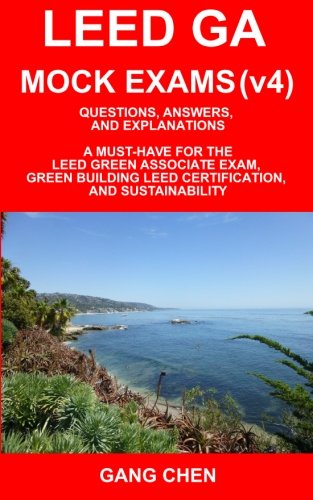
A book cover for LEED GA MOCK EXAMS (LEED v4): Questions, Answers, and Explanations: A Must-Have for the LEED Green Associate Exam, Green Building LEED Certification, ... Green Associate Exam Guide Series (Volume 2); Gang Chen; Crafts, Hobbies & Home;